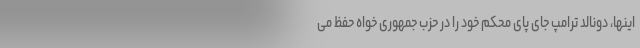
اینها، دونالد ترامپ جای پای محکم خود را در حزب جمهوری خواه حفظ می